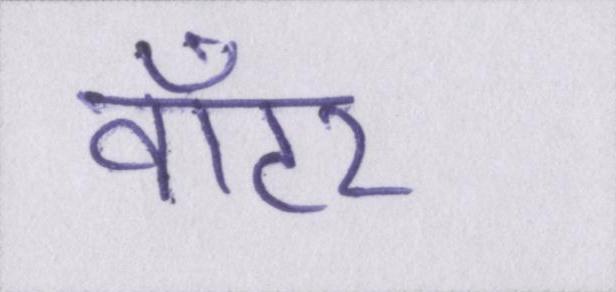
वॉटर